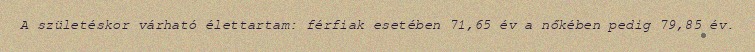
A születéskor várható élettartam: férfiak esetében 71,65 év a nőkében pedig 79,85 év.